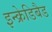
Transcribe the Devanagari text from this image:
इन्क्रेडिबैड